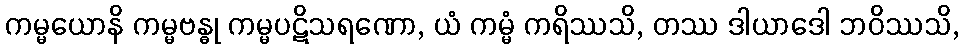
ကမ္မယောနိ ကမ္မဗန္ဓု ကမ္မပဋိသရဏော, ယံ ကမ္မံ ကရိဿသိ, တဿ ဒါယာဒေါ ဘဝိဿသိ,